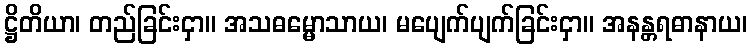
ဋ္ဌိတိယာ၊ တည်ခြင်းငှာ။ အသဓမ္မောသာယ၊ မပျေက်ပျက်ခြင်းငှာ။ အနန္တရဓာနာယ၊